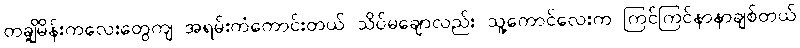
တချို့မိန်းကလေးတွေကျ အရမ်းကံကောင်းတယ် သိပ်မချောလည်း သူ့ကောင်လေးက ကြင်ကြင်နာနာချစ်တယ်